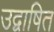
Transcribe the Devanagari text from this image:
उद्वाषित